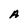
Character: A